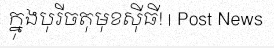
ក្នុងបុរីចតុមុខស៊ីធី! | Post News